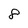
Character: 8